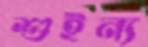
শুইন্য